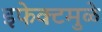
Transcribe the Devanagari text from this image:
इफेक्टमुळे